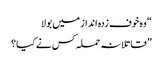
“ وہ خوف زدہ انداز میں بولا
” قاتلانہ حملہ کس نے کیا؟